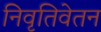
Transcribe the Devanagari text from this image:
निवृतिवेतन